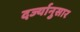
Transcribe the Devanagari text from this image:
दर्ज्यानुसार